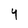
Character: Y